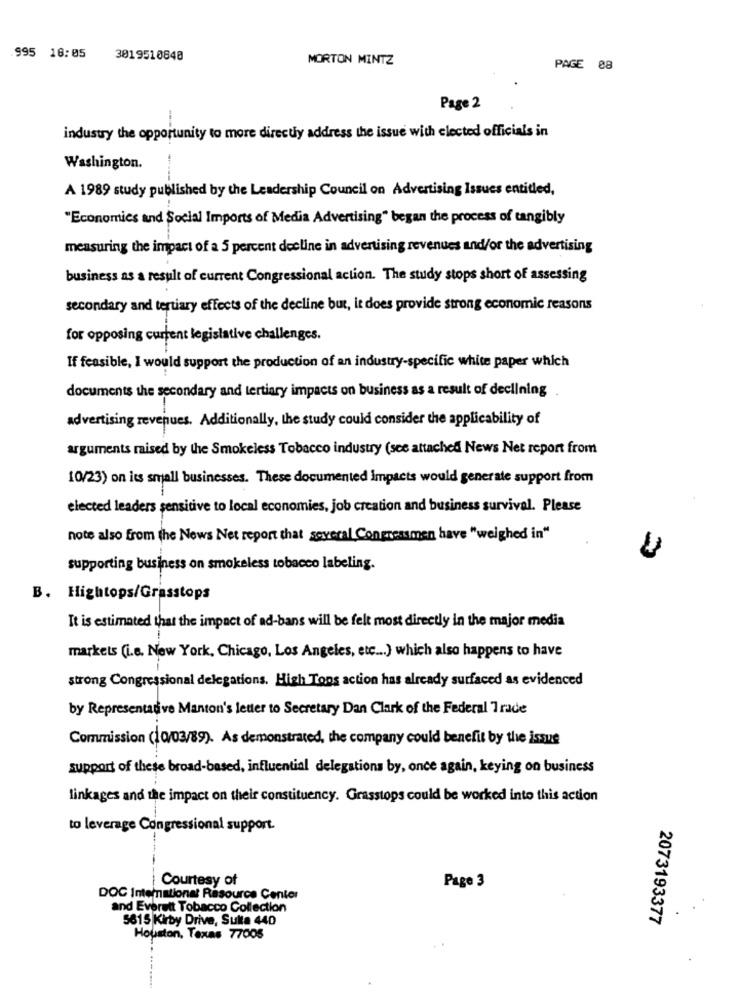
995 18:05
3019510848
MORTON MINTZ
PAGE 08
Page 2
industry the opportunity to more directly address the issue with elected officials in
Washington.
A 1989 study published by the Leadership Council on Advertising Issues entitled,
"Economics and Social Imports of Media Advertising" began the process of tangibly
measuring the impact of a 5 percent decline in advertising revenues and/or the advertising
business as a result of current Congressional action. The study stops short of assessing
secondary and tertiary effects of the decline but, it does provide strong economic reasons
for opposing current legislative challenges.
If feasible, I would support the production of an industry-specific white paper which
documents the secondary and tertiary impacts on business as a result of declining
advertising revenues. Additionally, the study could consider the applicability of
arguments raised by the Smokeless Tobacco industry (see attached News Net report from
10/23) on its small businesses. These documented Impacts would generate support from
elected leaders sensitive to local economies, job creation and business survival. Please
note also from the News Net report that several Congressmen have "weighed in"
supporting business on smokeless tobacco labeling.
B. Hightops/Grasstops
It is estimated that the impact of ad-bans will be felt most directly in the major media
markets (i.e. New York, Chicago, Los Angeles, etc ... ) which also happens to have
strong Congressional delegations. High Tons action has already surfaced as evidenced
by Representative Manton's letter to Secretary Dan Clark of the Federal Trade
Commission (10/03/89). As demonstrated, the company could benefit by the issue
support of these broad-based, influential delegations by, once again, keying on business
linkages and the impact on their constituency. Grasstops could be worked into this action
to leverage Congressional support.
Courtesy of
Page 3
DOC International Resource Center
and Everett Tobacco Collection
5615 Kirby Drive, Suite 440
2073193377
Houston, Texas 77005